Report on the working of the Ranchi Indian Mental Hospital, Kanke, in Bihar and Orissa - 1930-1940
Year: 1930
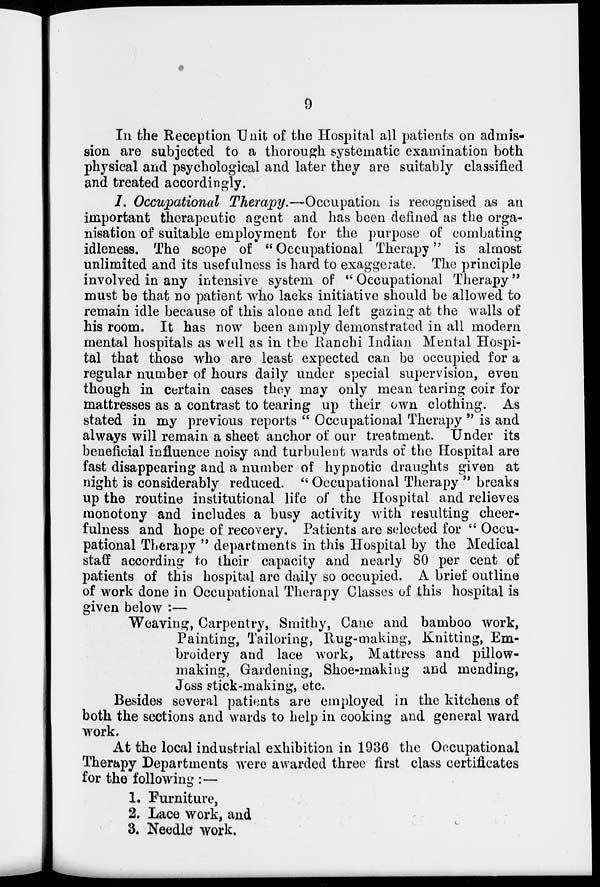
9
In the Reception Unit of the Hospital all patients on admis-
sion are subjected to a thorough systematic examination both
physical and psychological and later they are suitably classified
and treated accordingly.
1. Occupational Therapy.—Occupation is recognised as an
important therapeutic agent and has been defined as the orga-
nisation of suitable employment for the purpose of combating
idleness. The scope of "Occupational Therapy" is almost
unlimited and its usefulness is hard to exaggerate. The principle
involved in any intensive system of " Occupational Therapy"
must be that no patient who lacks initiative should be allowed to
remain idle because of this alone and left gazing at the walls of
his room. It has now been amply demonstrated in all modern
mental hospitals as well as in the Ranchi Indian Mental Hospi-
tal that those who are least expected can be occupied for a
regular number of hours daily under special supervision, even
though in certain cases they may only mean tearing coir for
mattresses as a contrast to tearing up their own clothing. As
stated in my previous reports " Occupational Therapy " is and
always will remain a sheet anchor of our treatment. Under its
beneficial influence noisy and turbulent wards of the Hospital are
fast disappearing and a number of hypnotic draughts given at
night is considerably reduced. " Occupational Therapy " breaks
up the routine institutional life of the Hospital and relieves
monotony and includes a busy activity with resulting cheer-
fulness and hope of recovery. Patients are selected for " Occu-
pational Therapy " departments in this Hospital by the Medical
staff according to their capacity and nearly 80 per cent of
patients of this hospital are daily so occupied. A brief outline
of work done in Occupational Therapy Classes of this hospital is
given below :—
Weaving, Carpentry, Smithy, Cane and bamboo work,
Painting, Tailoring, Rug-making, Knitting, Em-
broidery and lace work, Mattress and pillow-
making, Gardening, Shoe-making and mending,
Joss stick-making, etc.
Besides several patients are employed in the kitchens of
both the sections and wards to help in cooking and general ward
work.
At the local industrial exhibition in 1936 the Occupational
Therapy Departments were awarded three first class certificates
for the following :—
1. Furniture,
2. Lace work, and
3. Needle work.